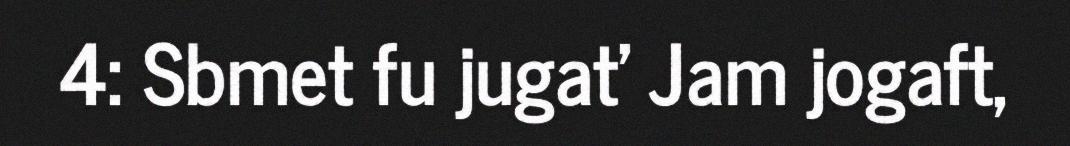
4: Sbmet fu jugat' Jam jogaft,